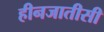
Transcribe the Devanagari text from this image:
हीनजातीसी